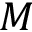
M